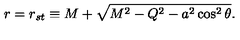
r = r _ { s t } \equiv M + \sqrt { M ^ { 2 } - Q ^ { 2 } - a ^ { 2 } \cos ^ { 2 } \theta } .